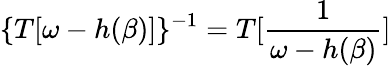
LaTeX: \{ T[\omega-h(\beta)]\} ^{-1}=T[\frac{1}{\omega-h(\beta)}]